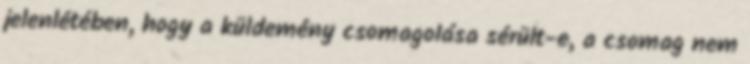
jelenlétében, hogy a küldemény csomagolása sérült-e, a csomag nem